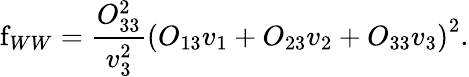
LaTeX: \mathrm{f}_{WW}=\frac{O_{33}^{2}}{v_{3}^{2}}\left(O_{13}v_{1}+O_{23}v_{2}+O_{33}v_{3}\right)^{2}.